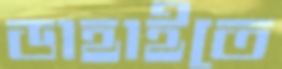
ডাহাইতে